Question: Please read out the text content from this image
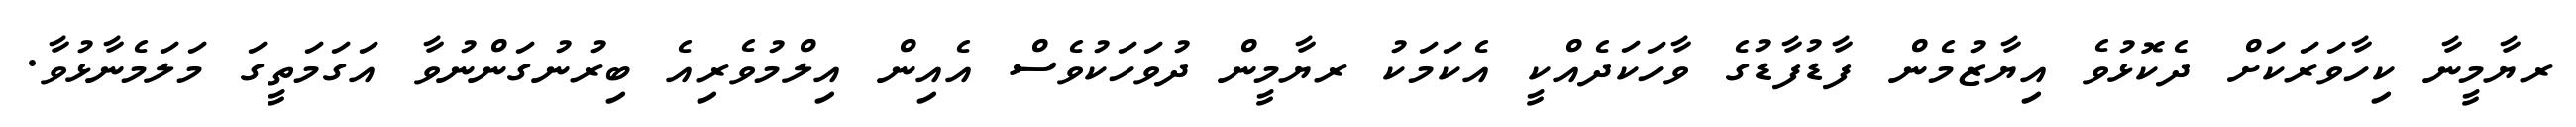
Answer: ރޔާމީނާ ކިހާވަރަކަށް ދެކޮޅުވެ އިޔާޒުމެން ފާޑުފާޑުގެ ވާހަކަދެއްކީ އެކަމަކު ރޔާމީން ދުވަހަކުވެސް އެއިން އިލްމުވެރިއެ ބިރުނުގަންނުވާ އަގަމަތީގަ މަލަމެނާޅުވާ.